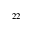
^ { 2 2 }